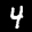
Label: 4